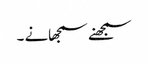
سمجھنے سمجھانے ۔